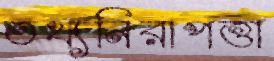
তথ্যনিরাপত্তা